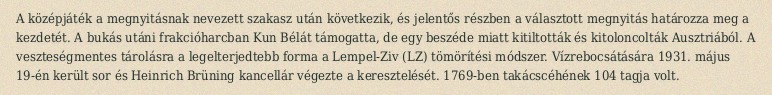
A középjáték a megnyitásnak nevezett szakasz után következik, és jelentős részben a választott megnyitás határozza meg a kezdetét. A bukás utáni frakcióharcban Kun Bélát támogatta, de egy beszéde miatt kitiltották és kitoloncolták Ausztriából. A veszteségmentes tárolásra a legelterjedtebb forma a Lempel-Ziv (LZ) tömörítési módszer. Vízrebocsátására 1931. május 19-én került sor és Heinrich Brüning kancellár végezte a keresztelését. 1769-ben takácscéhének 104 tagja volt.